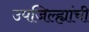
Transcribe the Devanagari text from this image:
उपजिल्ह्यांची